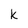
Character: k